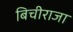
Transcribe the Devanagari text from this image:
बिचीराजा